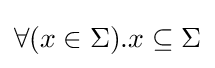
\forall (x\in \Sigma ).x\subseteq \Sigma